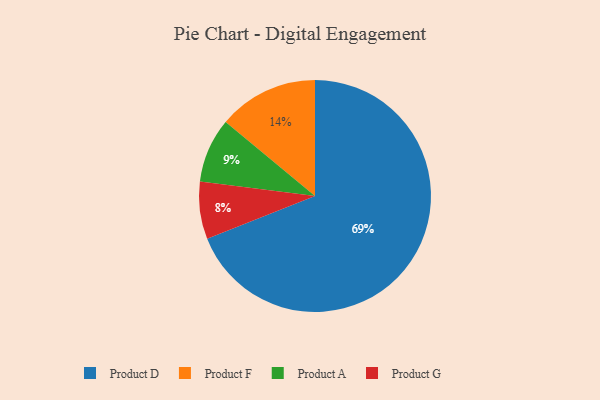
{"axis": {"x": "Category", "y": "Percentage"}, "legend": ["Product A", "Product D", "Product F", "Product G"], "data": [{"x": "Product A", "y": 9, "type": "Product A"}, {"x": "Product D", "y": 69, "type": "Product D"}, {"x": "Product F", "y": 14, "type": "Product F"}, {"x": "Product G", "y": 8, "type": "Product G"}]}